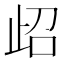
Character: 𱥁